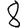
Digit: 8